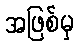
အဖြစ်မှ